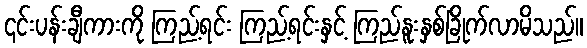
၎င်းပန်းချီကားကို ကြည့်ရင်း ကြည့်ရင်းနှင့် ကြည်နူးနှစ်ခြိုက်လာမိသည်။